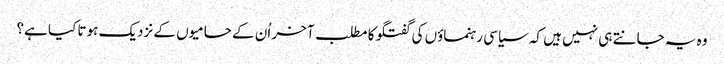
وہ یہ جانتے ہی نہیں ہیں کہ سیاسی رہنماؤں کی گفتگو کا مطلب آخر اُن کے حامیوں کے نزدیک ہوتا کیا ہے؟